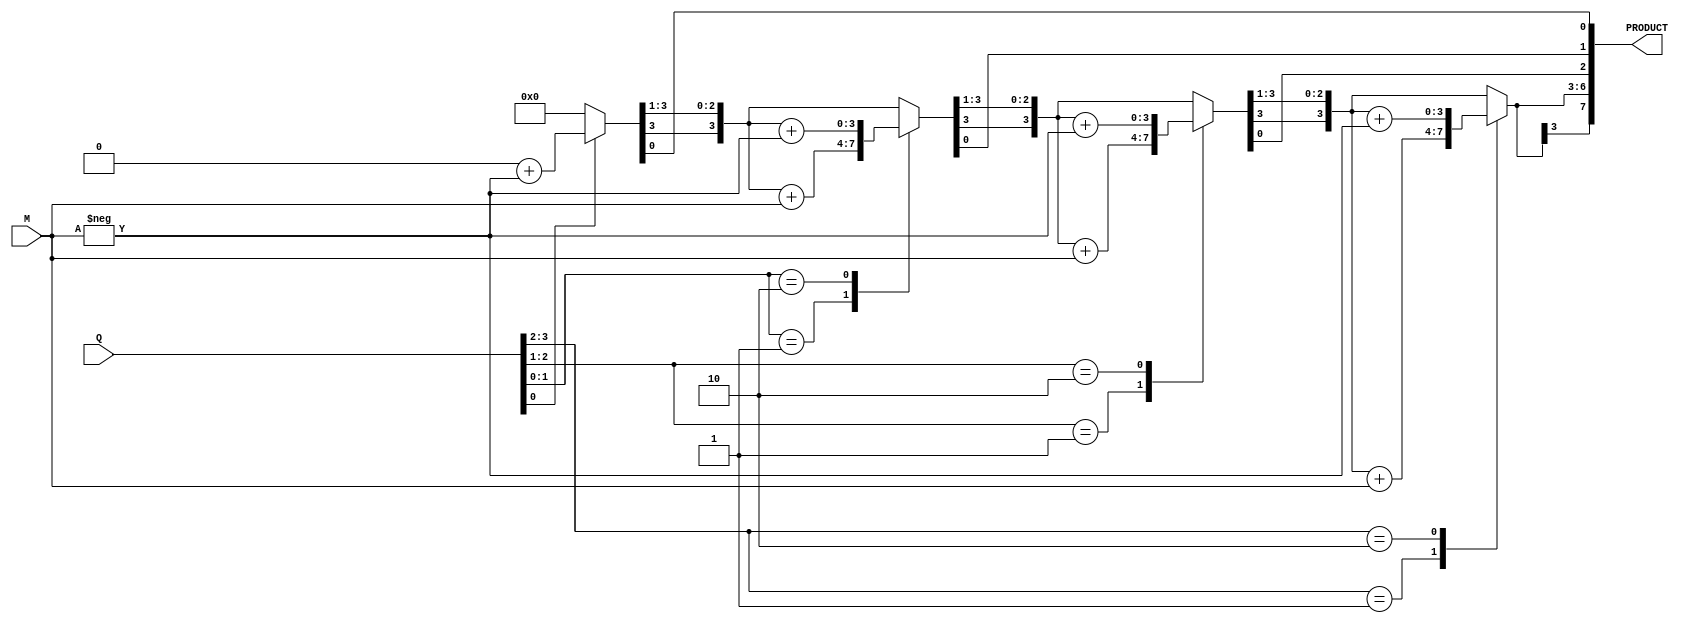
`timescale 1ns / 1ps
//////////////////////////////////////////////////////////////////////////////////
// Company: 
// Engineer: 
// 
// Design Name: 
// Module Name: BoothMultipler
// Project Name: 
// Target Devices: 
// Tool Versions: 
// Description: 
// 
// Dependencies: 
// 
// Revision:
// Revision 0.01 - File Created
// Additional Comments:
// 
//////////////////////////////////////////////////////////////////////////////////


module BoothMultiplier(PRODUCT,M,Q);
input signed [3:0]M,Q;
output reg signed [7:0]PRODUCT;
reg [1:0]temp;
integer i;
reg q;
reg [3:0]M1;


always @(M,Q)
begin
PRODUCT=8'b0;
q=1'b0;
M1=-M;


for(i=0;i<4;i=i+1)
begin
temp={Q[i],q};

case(temp)
2'd1:PRODUCT[7:4]=PRODUCT[7:4]+M;
2'd2:PRODUCT[7:4]=PRODUCT[7:4]+M1;
endcase

PRODUCT=PRODUCT>>1;
PRODUCT[7]=PRODUCT[6];
q=Q[i];
end

end
endmodule